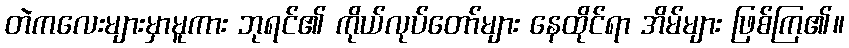
တဲကလေးများမှာမူကား ဘုရင်၏ ကိုယ်လုပ်တော်များ နေထိုင်ရာ အိမ်များ ဖြစ်ကြ၏။